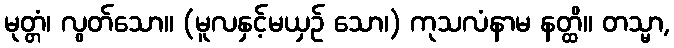
မုတ္တံ၊ လွတ်သော။ (မူလနှင့်မယှဉ် သော၊) ကုသလံနာမ နတ္ထိ။ တသ္မာ,